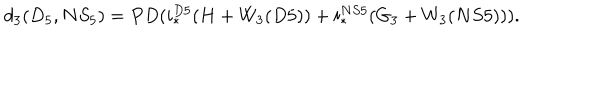
d _ { 3 } ( D _ { 5 } , N S _ { 5 } ) = P D ( i _ { * } ^ { D 5 } ( H + W _ { 3 } ( D 5 ) ) + i _ { * } ^ { N S 5 } ( G _ { 3 } + W _ { 3 } ( N S 5 ) ) ) .